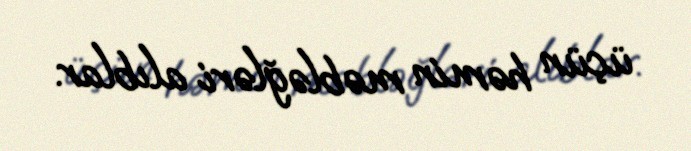
üçün həmin məbləğləri alıblar.